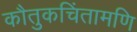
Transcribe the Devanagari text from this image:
कौतुकचिंतामणि